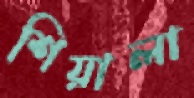
শিয়ালা